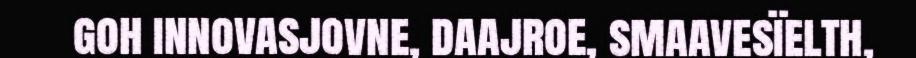
goh innovasjovne, daajroe, smaavesïelth,